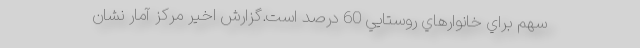
سهم براي خانوارهاي روستايي 60 درصد است.گزارش اخير مركز آمار نشان